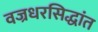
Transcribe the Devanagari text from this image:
वज्रधरसिद्धांत